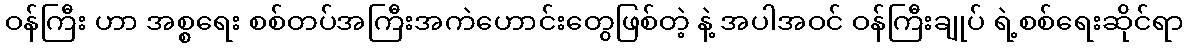
ဝန်ကြီး ဟာ အစ္စရေး စစ်တပ်အကြီးအကဲဟောင်းတွေဖြစ်တဲ့ နဲ့ အပါအဝင် ဝန်ကြီးချုပ် ရဲ့စစ်ရေးဆိုင်ရာ